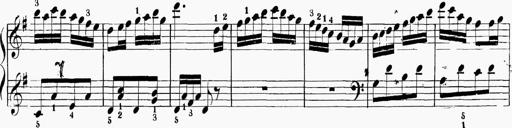
Title: 6 Sonatinas
Composer: Carl Reinecke